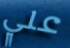
علي